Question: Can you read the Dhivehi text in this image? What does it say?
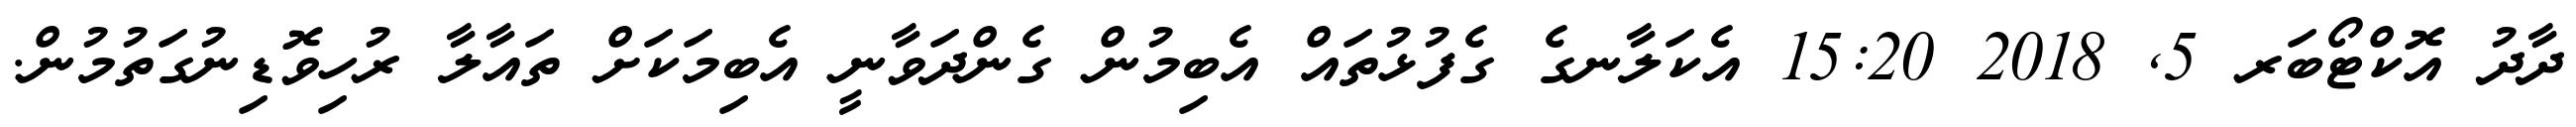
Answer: ދާދު އޮކްޓޯބަރ 5, 2018 15:20 އެކަލާނގެ ގެފުޅުތައް އެބިމުން ގެންދަވާނީ އެބިމަކަށް ތައާލާ ރުހިވޮޑިނުގަތުމުން.